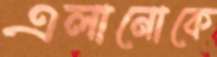
এলানোকে